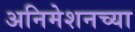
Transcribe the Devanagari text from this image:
अनिमेशनच्या